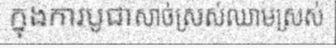
ក្នុងការបូជាសាច់ស្រស់ឈាមស្រស់